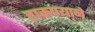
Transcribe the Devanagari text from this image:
टाकण्याने